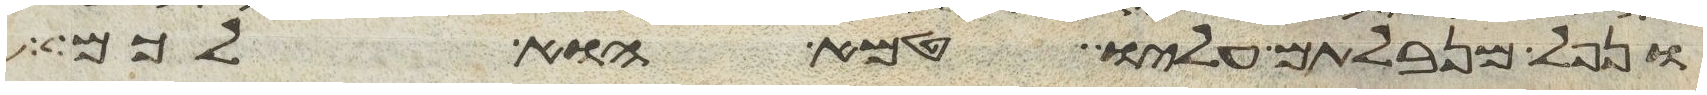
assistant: ונפל מנבלתם עליו טמא הוא לכם